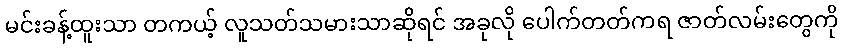
မင်းခန့်ထူးသာ တကယ့် လူသတ်သမားသာဆိုရင် အခုလို ပေါက်တတ်ကရ ဇာတ်လမ်းတွေကို